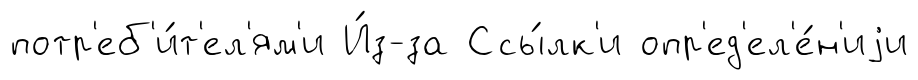
потр'еб'и́т'ел'ям'и И́з-за Ссы́лк'и опр'ед'ел'е́н'иjи